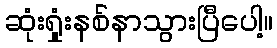
ဆုံးရှုံးနစ်နာသွားပြီပေါ့။